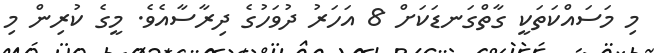
މި މަސައްކަތަކީ ގާތްގަނޑަކަށް 8 އަހަރު ދުވަހުގެ ދިރާސާއެވެ. މީގެ ކުރިން މި